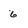
Character: 6